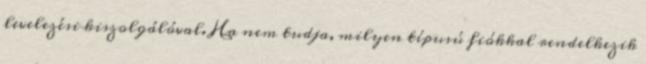
levelezési kiszolgálóval. Ha nem tudja, milyen típusú fiókkal rendelkezik